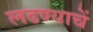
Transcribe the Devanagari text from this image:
लढण्याचें